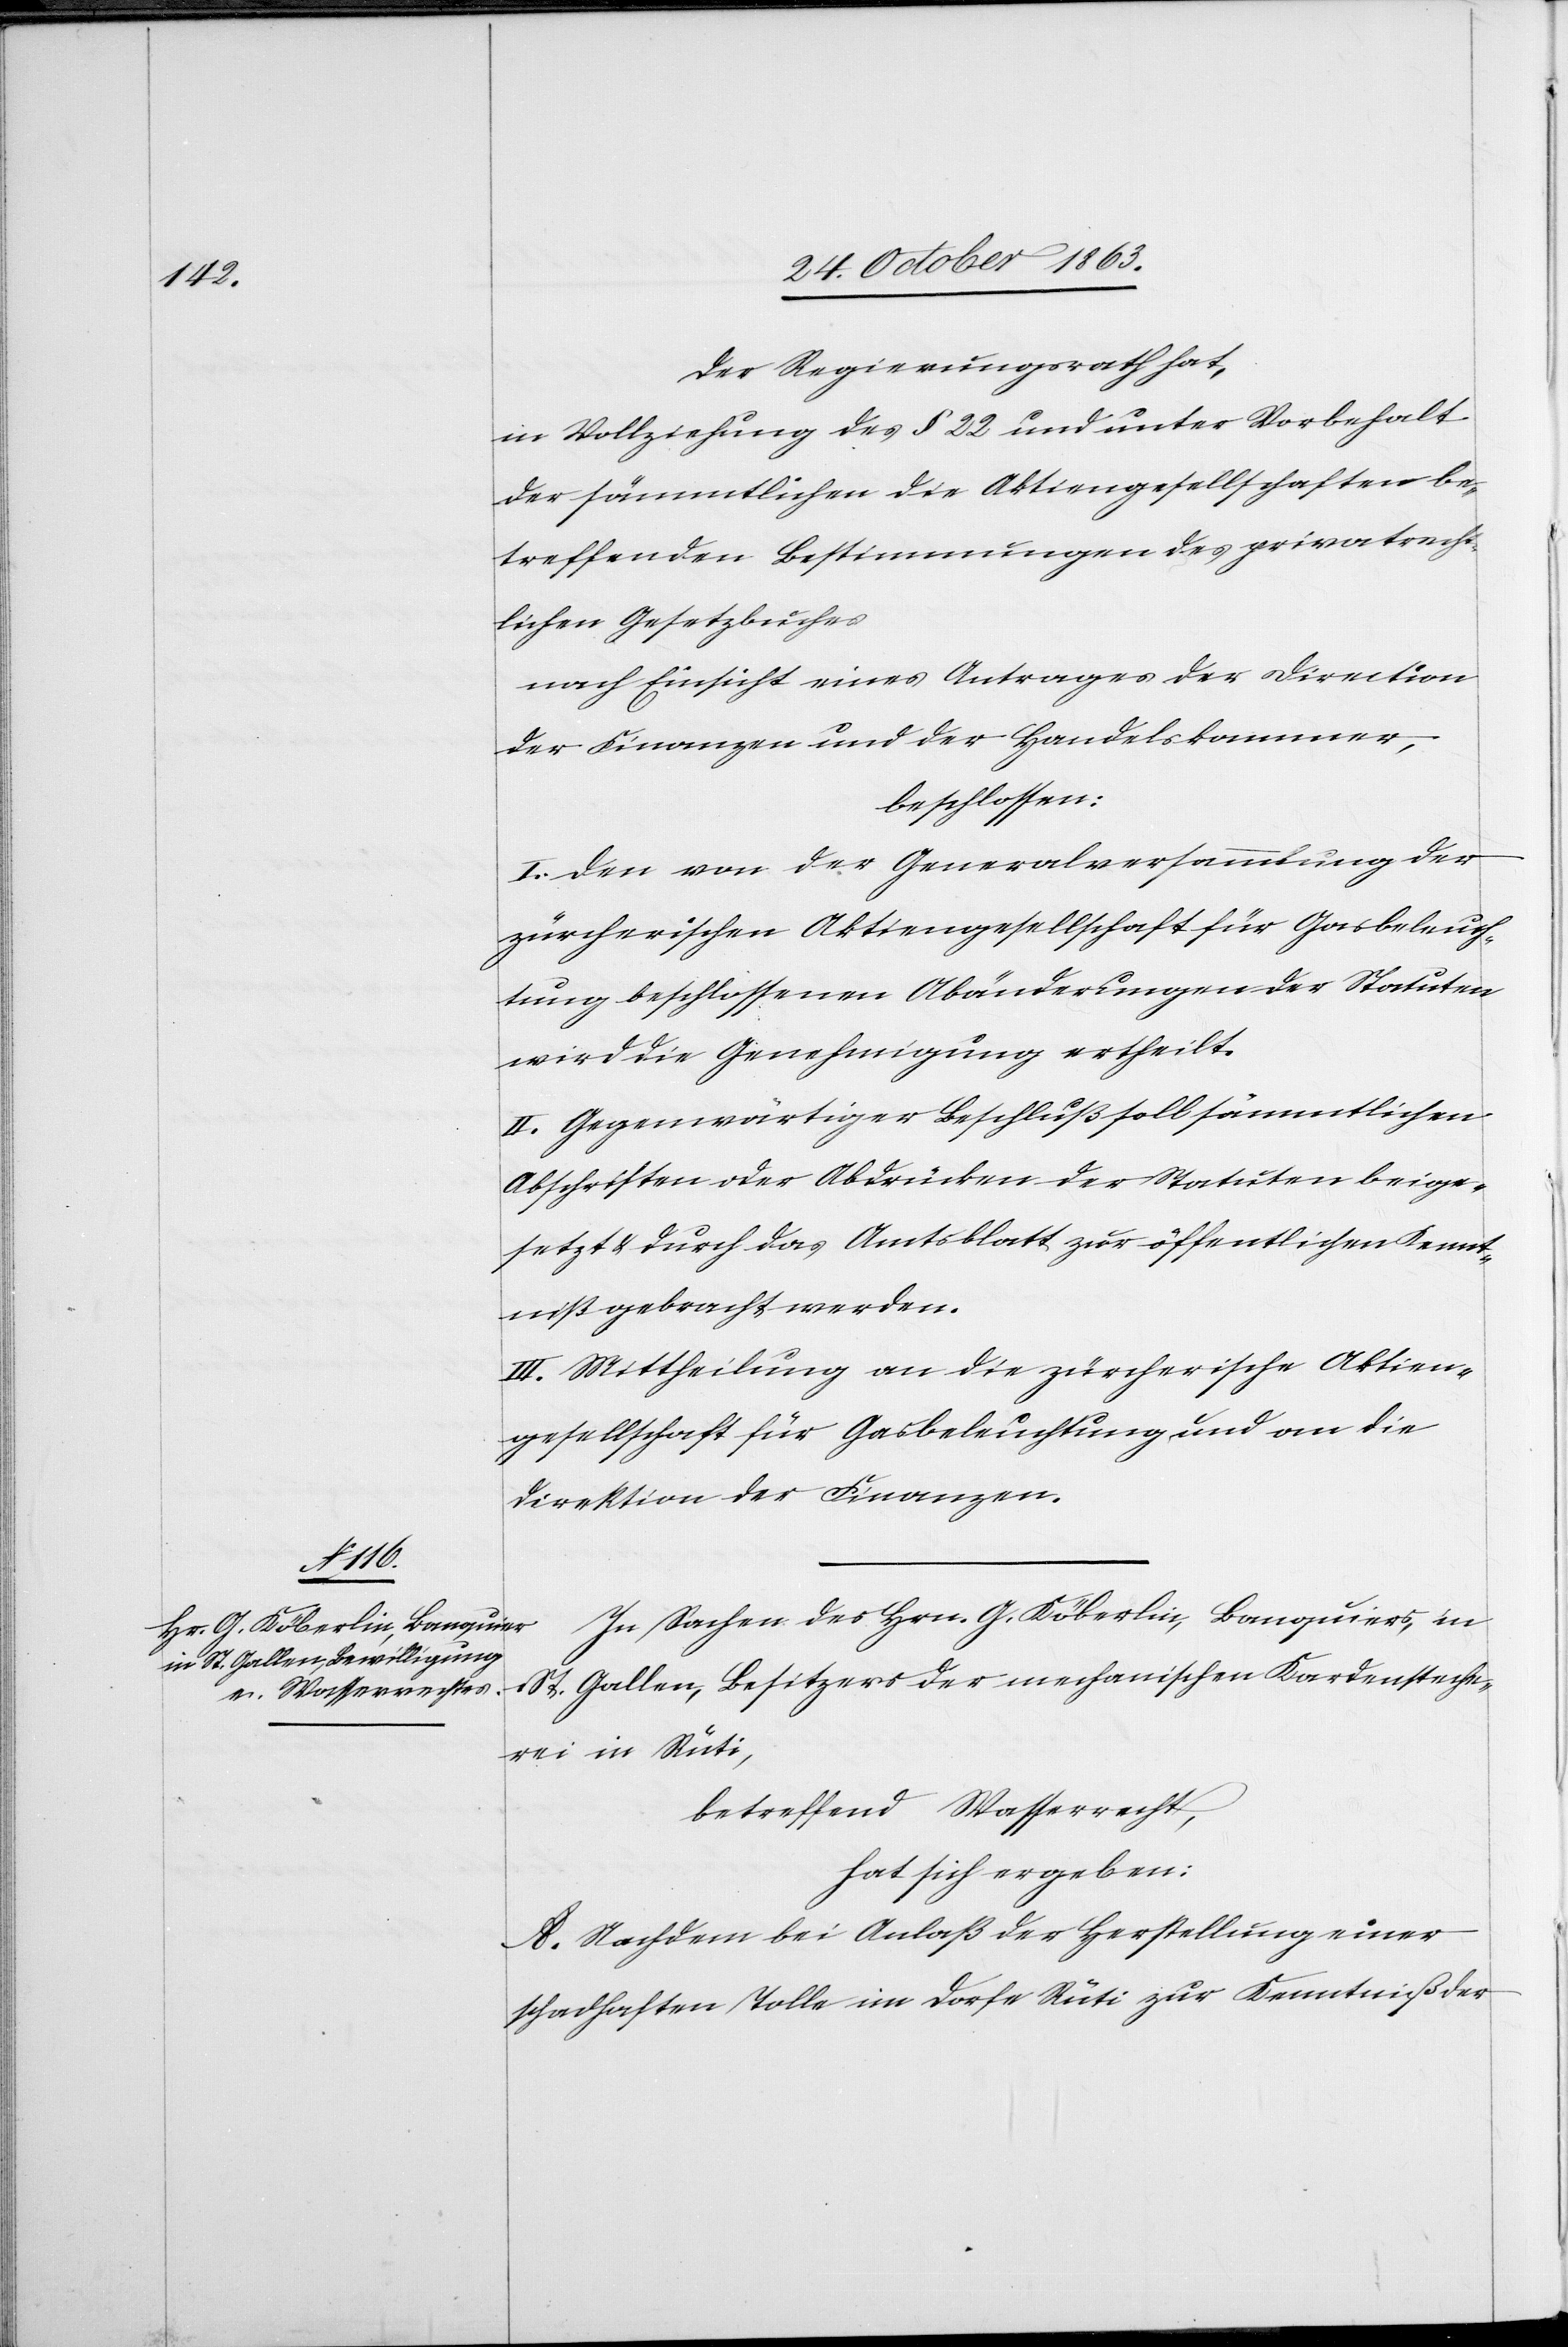
Der Regierungsrath hat,
in Vollziehung des § 22 und unter Vorbehalt
der sämmtlichen die Aktiengesellschaften be¬
treffenden Bestimmungen des privatrecht¬
lichen Gesetzbuches
nach Einsicht eines Antrages der Direction
der Finanzen und der Handelskammer,
beschlossen:
I. Den von der Generalversammlung der
zürcherischen Aktiengesellschaft für Gasbeleuch¬
tung beschlossenen Abänderungen der Statuten
wird die Genehmigung ertheilt.
II. Gegenwärtiger Beschluß soll sämmtlichen
Abschriften oder Abdrücken der Statuten beige¬
setzt & durch das Amtsblatt zur öffentlichen Kennt¬
niß gebracht werden.
III. Mittheilung an die zürcherische Aktien¬
gesellschaft für Gasbeleuchtung und an die
Direktion der Finanzen.
In Sachen des Hrn. G. Köberlin, Banquiers, in
St. Gallen, Besitzers der mechanischen Kardensteche¬
rei in Rüti,
betreffend Wasserrecht,
hat sich ergeben:
A. Nachdem bei Anlaß der Herstellung einer
schadhaften Tolle im Dorfe Rüti zur Kenntniß der